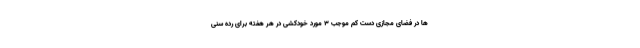
ها در فضای مجازی دست کم موجب 3 مورد خودکشی در هر هفته برای رده سنی